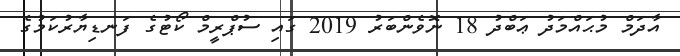
އާދަމް މުޙައްމަދު ޢަބްދު 18 ނޮވެންބަރު 2019 ގައި ސުޕްރީމް ކޯޓުގެ ފަނޑިޔާރުކަމުގެ